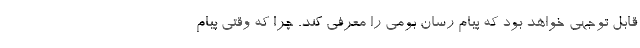
قابل توجهی خواهد بود که پیام رسان بومی را معرفی کند. چرا که وقتی پیام